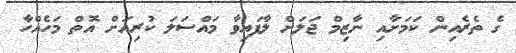
ގެ ތެރެއިން ކަމަށާއި ނާޒިމް ޖަލަށް ލާފައިވާ މައްސަލަ ކުރިއަށް އޮތް މަހެއްހާ